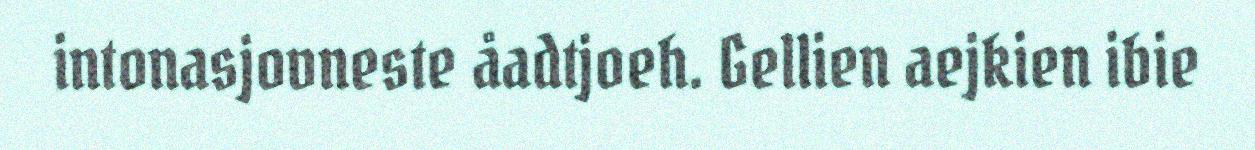
intonasjovneste åadtjoeh. Gellien aejkien ibie